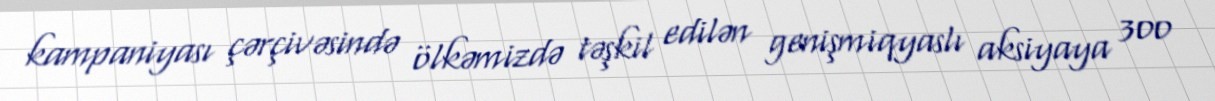
kampaniyası çərçivəsində ölkəmizdə təşkil edilən genişmiqyaslı aksiyaya 300